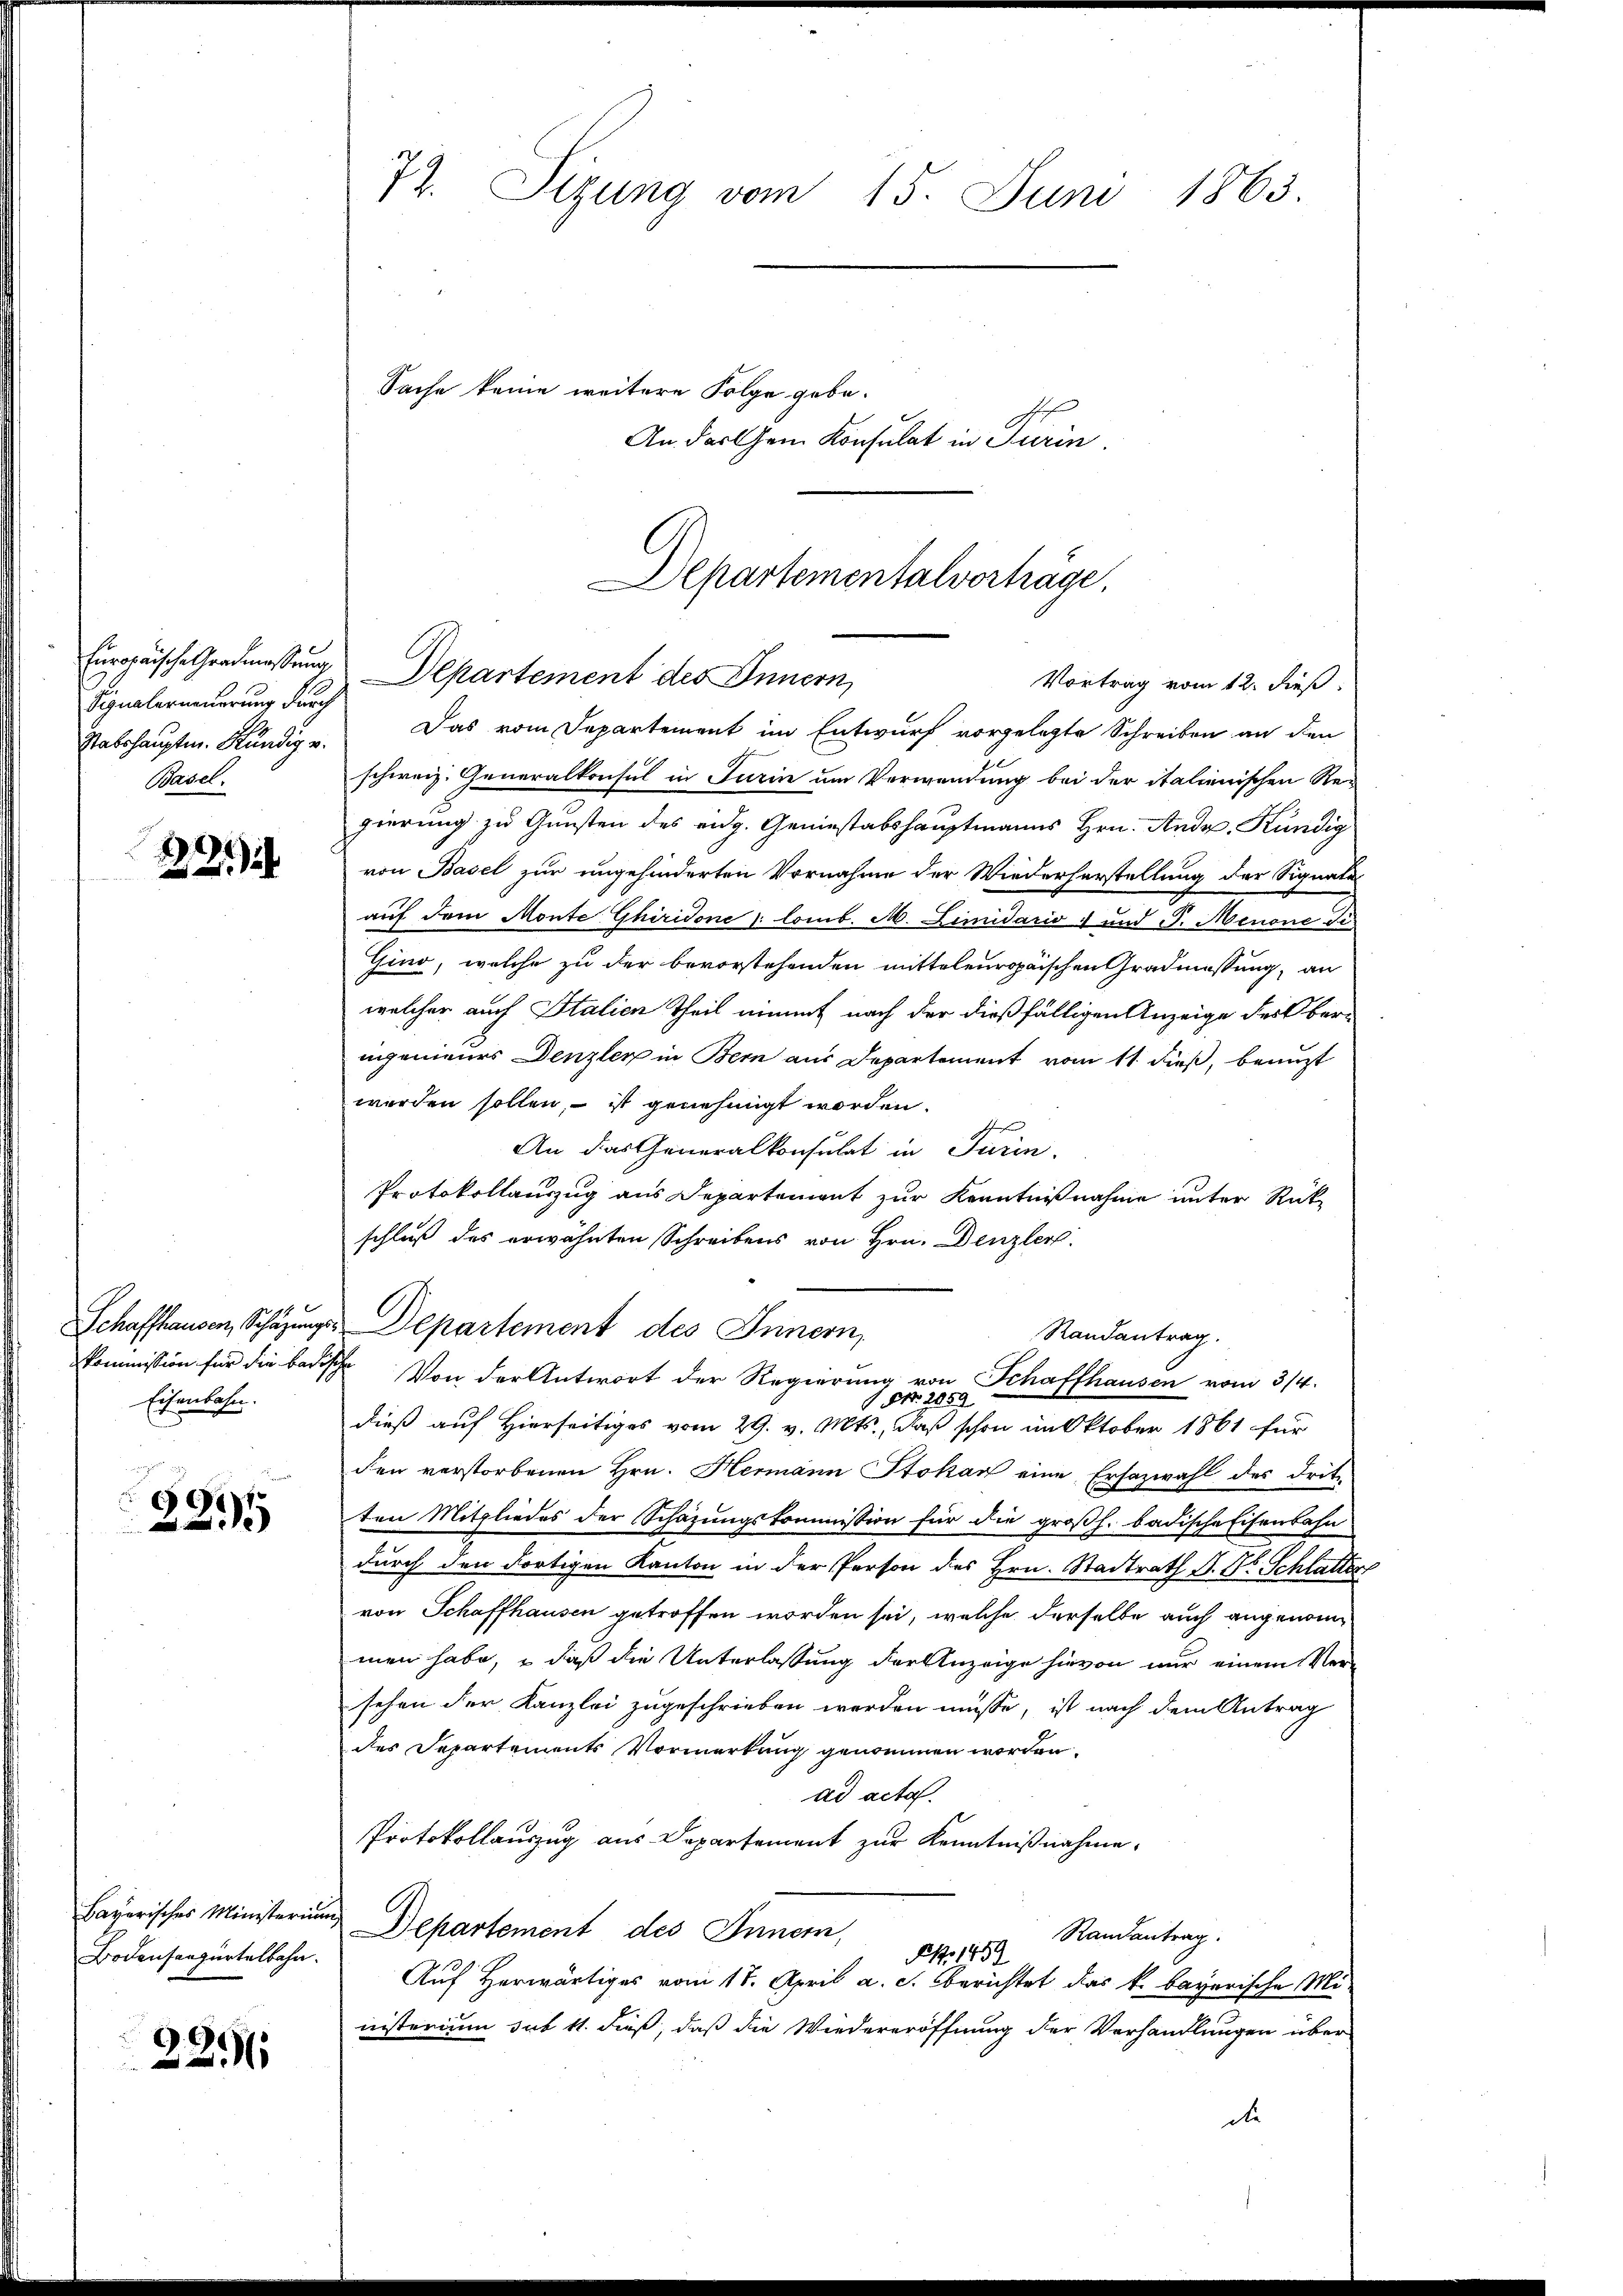
Signalerneuerung durch
Stabshauptm. Kündig u.
Basel.

2

pr 14
Schaffhausen, Schazungskommission für die Badisc
Eisenbahn.

E
25

Bayerisches Ministerium
Bodensangurtelbahn.

2251

77. Sizung vom 15. Juni 1863.

Europäische Gradmassung Departement des Innern,

Sache keine weitere Folge gebe.
An das Gem Konsulat in Jurin

A

Das vom Departement im Entwurf vorgelegte Schreiben an den
schweiz. Generalkonsul in Turin um Verwendung bei der italienischen Regierung zu Gunsten des eidg. Geniestabshauptmanns Hrn. Andr. Kündig
von Basel zur ungehinderten Vornahme der Wiederherstellung der Signate
auf dem Monte Ghiridone : lomb. M. Lindario 4 und J. Menone di
Gino, welche zu der bevorstehenden mitteleuropaischen Gradmessung, an
welcher auch Italien Theil nimmt nach der dießfälligen Anzeige der ber-
ingenieurs Denzler in Bern aus Departement vom 11. dieß, benuzt
werden sollen, – ist genehmigt worden.
An das Generalkonsulat in Turin,
Protokollauszug aus Departement zur Kenntnißnahme unter Rückschluß des erwähnten Schreibens von Hrn. Denzler
Departement des Innern,
Randantrag.
¬
Von der Antwort der Regierung von Schaffhausen vom 3/4.
NNo. 2059
dieß auf Hierseitiges vom 29. v. Mts., daß schon im Oktober 1861 für
den verstorbenen Hrn. Hermann Stokan eine Ersazwahl des Dritten Mitgliedes der Schazungskommission für die großh. badische Eisenbahn
durch den dortigen Kanton in der Person des Hrn. Stadtrath J. Dr. Schlatten
von Schaffhausen getroffen worden sei, welche derselbe auch angenommen habe, daß die Unterlassung der Anzeige hievon nur einem Versehen der Kanzlei zugeschrieben werden müsse, ist nach dem Antrag
des Departements Vormerkung genommen worden.
ad acta.
Protokollauszug aus Departement zur Kenntnißnahme,
Departement des Innern,
Randantrag.
 1452
Auf Herwärtiges vom 18. April a. c. berichtet das k. bayerische Ministerium sub 11. dieß, daß die Wiedereröffnung der Verhandlungen über
die

Departementalvorträge.
Vortrag vom 12. dieß: